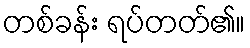
တစ်ခန်း ရပ်တတ်၏။